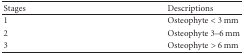
<table><thead><tr><td><b>Stages</b></td><td><b>Descriptions</b></td></tr></thead><tbody><tr><td>1</td><td>Osteophyte &lt; 3 mm</td></tr><tr><td>2</td><td>Osteophyte 3–6 mm</td></tr><tr><td>3</td><td>Osteophyte &gt; 6 mm</td></tr></tbody></table>